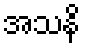
အသနိ